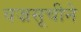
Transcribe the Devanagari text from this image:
वज्रसूचीने